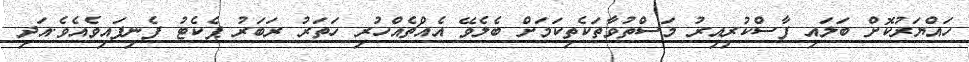
ހައްޔަރުކޮށް ބަލައި ފާސްކުރިއިރު މަސްތުވާތަކެތިކަމަށް ބެލެވޭ އެއްޗެއްހުރި ހަތަރު ރަބަރު ޕެކެޓު ފެނިފައިވެއެވެ.އަދި